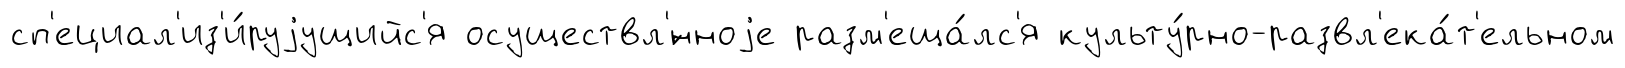
сп'ециал'из'и́руjущийс'я осуществл'́нноjе разм'еща́лс'я культу́рно-развл'ека́т'ельном